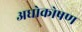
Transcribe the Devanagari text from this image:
अधोकोषण